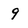
Character: 9